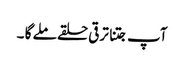
آپ جتنا ترقی حلقے ملے گا ۔